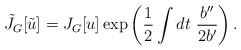
\begin{align*}\tilde{J}_G[\tilde{u}] = J_G[u] \exp\left(\frac{1}{2}\int dt~ \frac{b''}{2b'}\right).\end{align*}